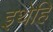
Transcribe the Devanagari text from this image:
इथेहि